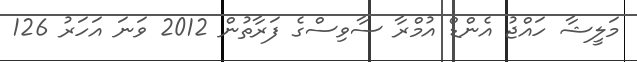
މަލީޝާ ހައްޖު އެންޑް އުމްރާ ސާވިސްގެ ފަރާތުން 2012 ވަނަ އަހަރު 126